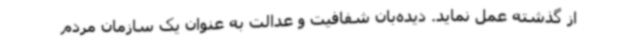
از گذشته عمل نماید. دیده‌بان شفافیت و عدالت به عنوان یک سازمان مردم